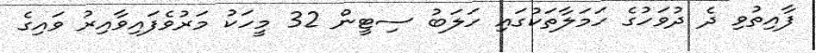
ފާއިތުވި ދެ ދުވަހުގެ ހަމަލާތަކުގައި ހަލަބު ސިޓީން 32 މީހަކު މަރުވެފައިވާއިރު ވައިގެ